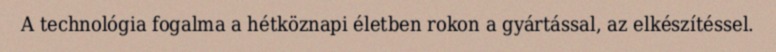
A technológia fogalma a hétköznapi életben rokon a gyártással, az elkészítéssel.